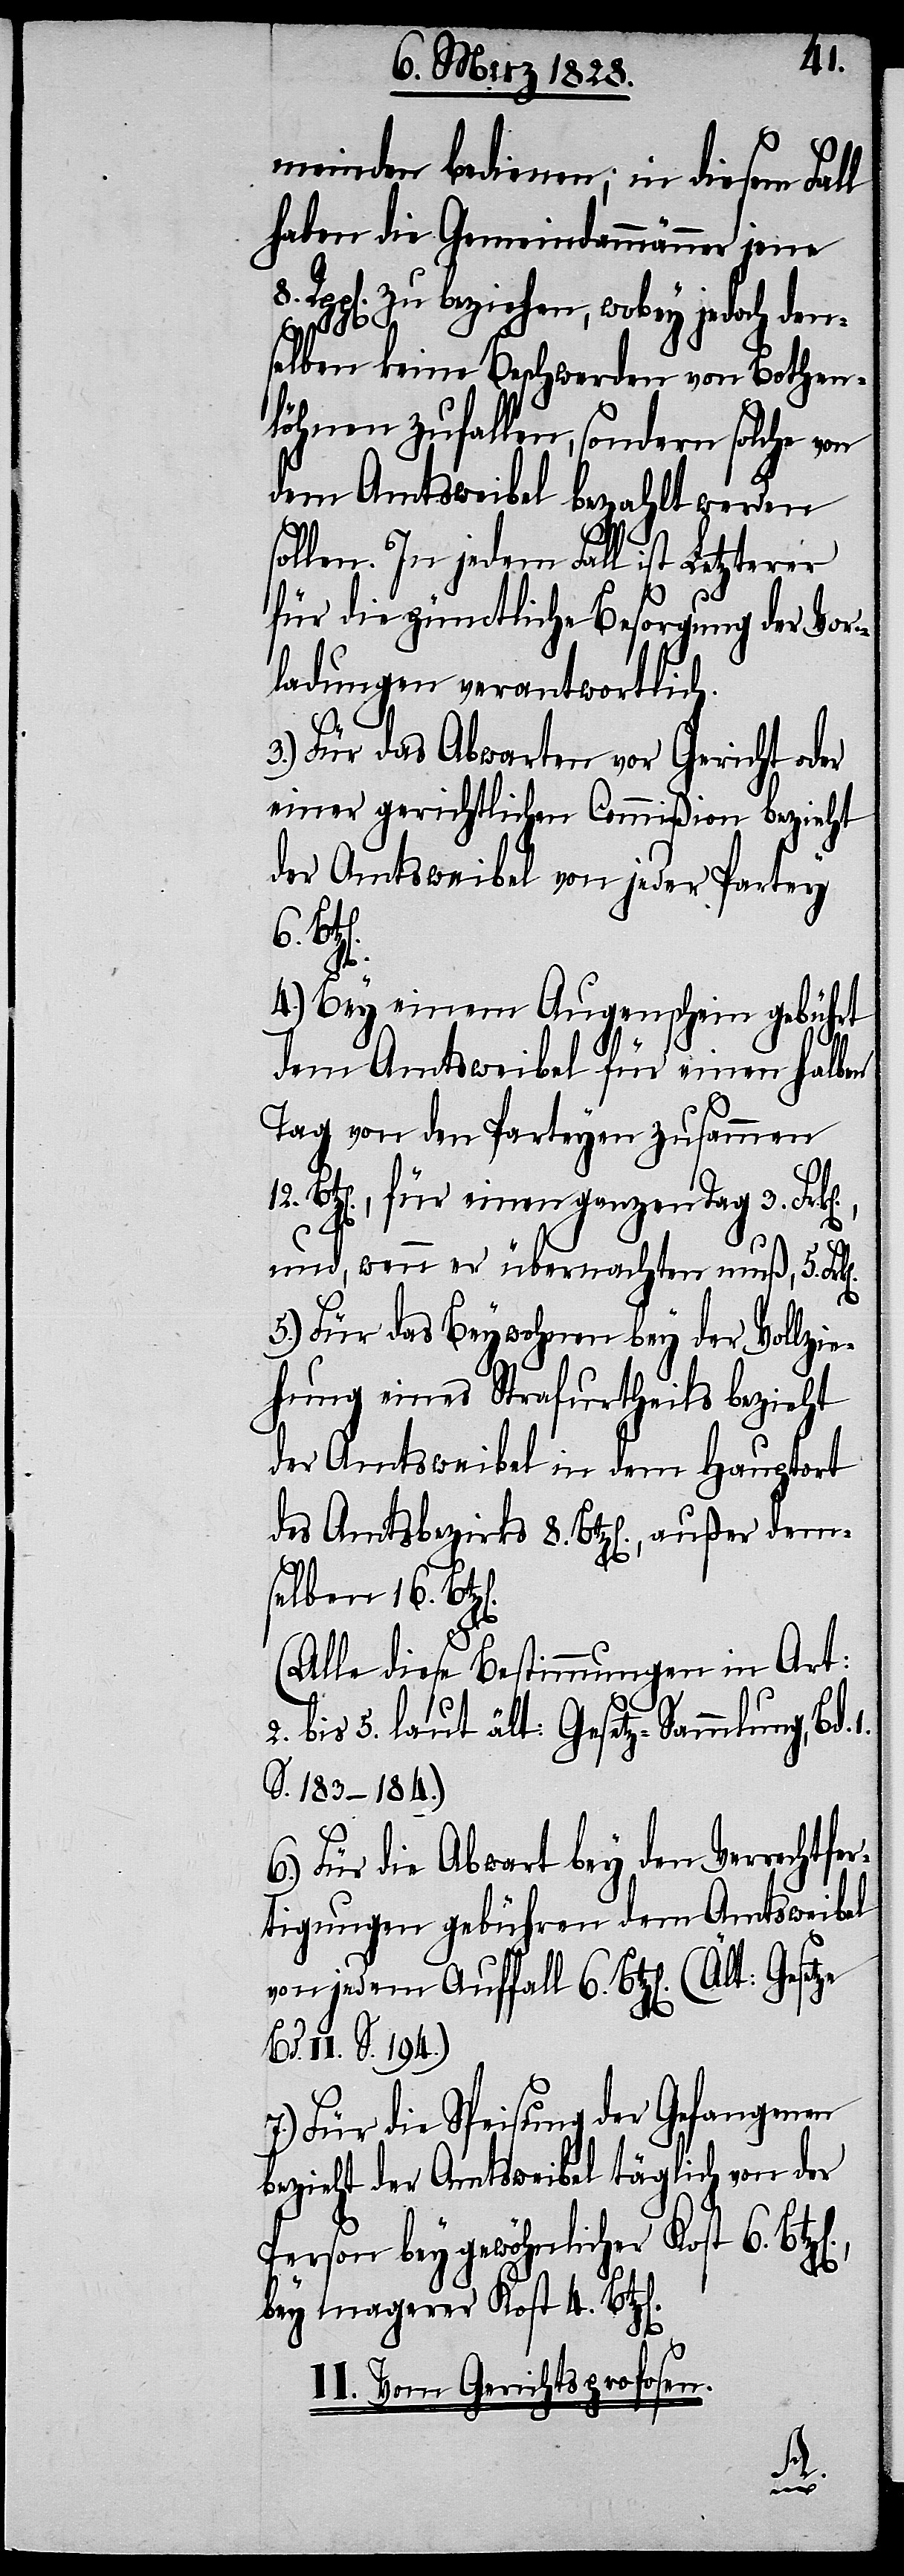
meinden bedienen; in diesem Fall
haben die Gemeindammänner jene
pp[en]. zu beziehen, wobey jedoch den¬
selben keine Beschwerden von Bothen¬
löhnen zufallen, sondern solche von
dem Amtsweibel bezahlt werden
sollen. In jedem Fall ist Letzterer
für die pünctliche Besorgung der Vor¬
ladungen verantwortlich.
8.
12.
3.) Für das Abwarten vor Gericht oder
einer gerichtlichen Commißion bezieht
der Amtsweibel von jeder Partey
6.
4.) Bey einem Augenschein gebührt
dem Amtsweibel für einen halben
Tag von den Partheyen zusammen
Btz[en]., für einen ganzen Tag 3. Frk[e¬
und, wenn er übernachten muß, 5. Frk[e¬
5.) Für das Beywohnen bey der Vollzie¬
hung eines Strafurtheils bezieht
der Amtsweibel in dem Hauptort
des Amtsbezirks 8. Btz[en]., außer dem¬
selben 16.
(Alle diese Bestimmungen in Art:
2. bis 5. laut ält: Gesetz-Sammlung, Bd.
S. 183–184.)
6.) Für die Abwart bey den Verrechtfer¬
tigungen gebühren dem Amtsweibel
von jedem Auffall 6. Btz[en].
Bd. II. S. 194.)
7.) Für die Speisung der Gefangenen
bezieht der Amtsweibel täglich von der
Person bey gewöhnlicher Kost 6. Bt¬
bey magerer Kost 4. Btz[e¬
II. Vom Gerichtsprofosen.
n].